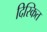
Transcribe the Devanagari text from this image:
दिस्कित